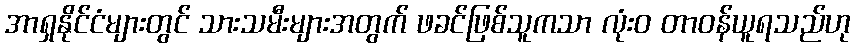
အာရှနိုင်ငံများတွင် သားသမီးများအတွက် ဖခင်ဖြစ်သူကသာ လုံးဝ တာဝန်ယူရသည်ဟု